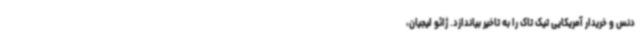
دنس و خریدار آمریکایی تیک تاک را به تاخیر بیاندازد. ژائو لیجیان،